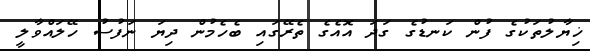
ޚިޔާލުތަކުގެ ފުން ކަނޑުގެ ގަދަ އޮއެގެ ތެރޭގައި ބެހެމުން ދިޔަ ނަފުސު ހޭލައްވާލީ